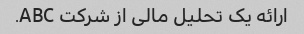
ارائه یک تحلیل مالی از شرکت ABC.